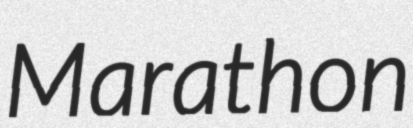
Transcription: Marathon